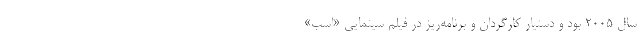
سال 2005 بود و دستيار كارگردان و برنامه‌ريز در فيلم سينمايی «اسب»